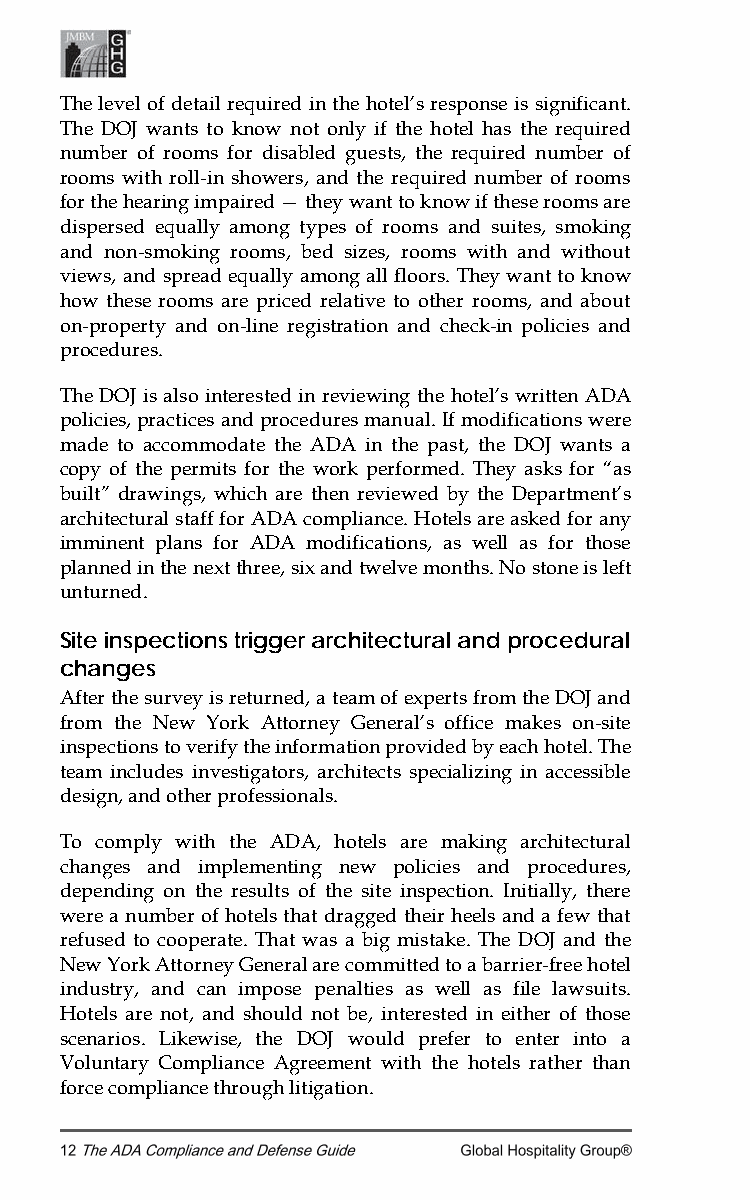
The level of detail required in the hotel’s response is significant.
 The DOJ wants to know not only if the hotel has the required
 number of rooms for disabled guests, the required number of
 rooms with roll-in showers, and the required number of rooms
 for the hearing impaired — they want to know if these rooms are
 dispersed equally among types of rooms and suites, smoking
 and non-smoking rooms, bed sizes, rooms with and without
 views, and spread equally among all floors. They want to know
 how these rooms are priced relative to other rooms, and about
 on-property and on-line registration and check-in policies and
 procedures.
 The DOJ is also interested in reviewing the hotel’s written ADA
 policies, practices and procedures manual. If modifications were
 made to accommodate the ADA in the past, the DOJ wants a
 copy of the permits for the work performed. They asks for “as
 built” drawings, which are then reviewed by the Department’s
 architectural staff for ADA compliance. Hotels are asked for any
 imminent plans for ADA modifications, as well as for those
 planned in the next three, six and twelve months. No stone is left
 unturned.
 Site inspections trigger architectural and procedural
 changes
 After the survey is returned, a team of experts from the DOJ and
 from the New York Attorney General’s office makes on-site
 inspections to verify the information provided by each hotel. The
 team includes investigators, architects specializing in accessible
 design, and other professionals.
 To comply with the ADA, hotels are making architectural
 changes and implementing new policies and procedures,
 depending on the results of the site inspection. Initially, there
 were a number of hotels that dragged their heels and a few that
 refused to cooperate. That was a big mistake. The DOJ and the
 New York Attorney General are committed to a barrier-free hotel
 industry, and can impose penalties as well as file lawsuits.
 Hotels are not, and should not be, interested in either of those
 scenarios. Likewise, the DOJ would prefer to enter into a
 Voluntary Compliance Agreement with the hotels rather than
 force compliance through litigation.